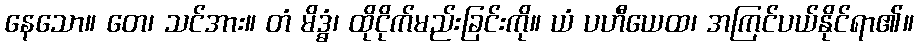
နေသော။ တေ၊ သင်အား။ တံ မိဒ္ဓံ၊ ထိုငိုက်မည်းခြင်းကို။ ယံ ပဟီယေထ၊ အကြင်ပယ်နိုင်ရာ၏။